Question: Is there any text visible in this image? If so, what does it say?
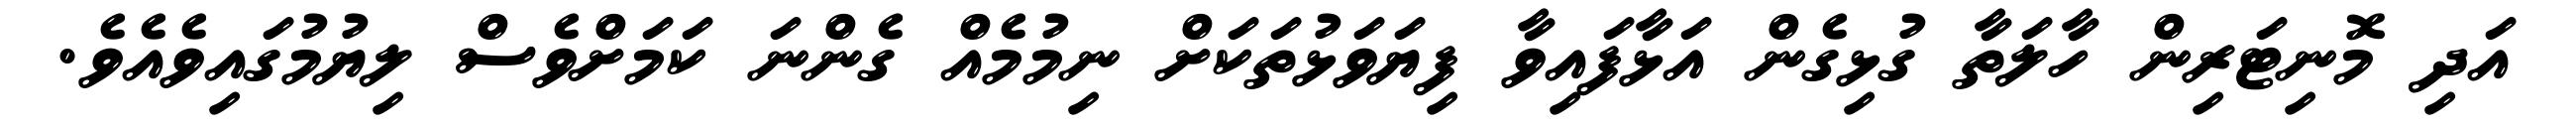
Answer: އަދި މޮނިޓަރިން ހާލަތާ ގުޅިގެން އަޅާފައިވާ ފިޔަވަޅުތަކަށް ނިމުމެއް ގެންނަ ކަމަށްވެސް ލިޔުމުގައިވެއެވެ.